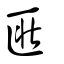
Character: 匨